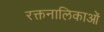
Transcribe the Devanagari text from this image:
रक्तनालिकाओं